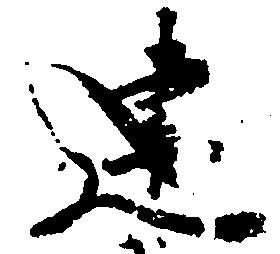
建